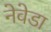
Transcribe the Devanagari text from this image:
नेवेडा